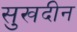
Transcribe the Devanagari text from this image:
सुखदीन